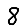
Digit: 8